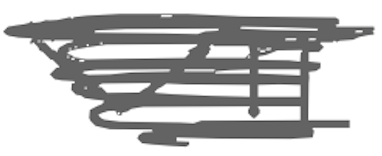
Text: VII
Cross-out: scratch
Writing tool: digital_gray